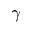
\gamma